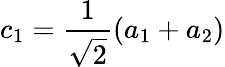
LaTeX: c_{1}=\frac{1}{\sqrt{2}}(a_{1}+a_{2})